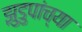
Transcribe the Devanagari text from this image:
झुडुपांच्या